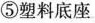
⑤塑料底座